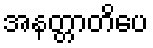
အနတ္တာတိပေ